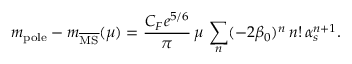
m _ { \mathrm { p o l e } } - m _ { \overline { { \mathrm { M S } } } } ( \mu ) = \frac { C _ { F } e ^ { 5 / 6 } } { \pi } \, \mu \, \sum _ { n } ( - 2 \beta _ { 0 } ) ^ { n } \, n ! \, \alpha _ { s } ^ { n + 1 } .